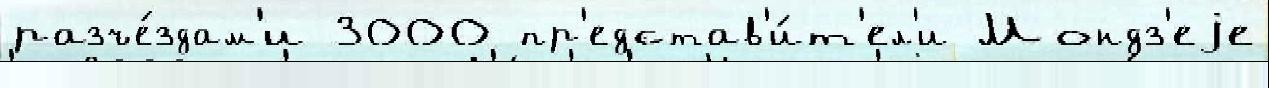
разъе́здам'и 3000 пр'едстав'и́т'ел'и Мондз'еjе